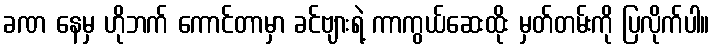
ခဏ နေမှ ဟိုဘက် ကောင်တာမှာ ခင်ဗျားရဲ့ ကာကွယ်ဆေးထိုး မှတ်တမ်းကို ပြလိုက်ပါ။